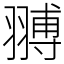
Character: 䎔